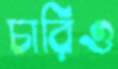
চারিও